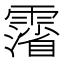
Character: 𲊉